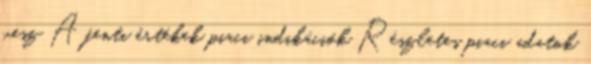
vesz A fenti értékek piaci indikációk Részletes piaci adatok